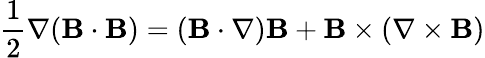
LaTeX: {\frac{1}{2}}\nabla(\mathbf{B}\cdot\mathbf{B})=(\mathbf{B}\cdot\nabla)\mathbf{B}+\mathbf{B}\times(\nabla\times\mathbf{B})